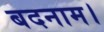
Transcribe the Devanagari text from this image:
बदनाम।